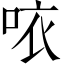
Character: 𠲖